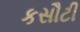
કસૌટી